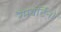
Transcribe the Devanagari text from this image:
रैमबर्टिनो